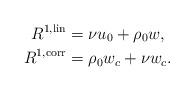
LaTeX: \begin{align*}R^{1,\operatorname{lin}} & = \nu u_0+\rho_0 w ,\\R^{1,\operatorname{corr}} & = \rho_0 w_c + \nu w_c.\end{align*}